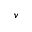
v